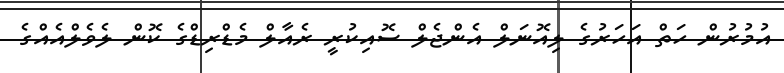
އުމުރުން ހަތް އަހަރުގެ ލިއޮނަލް އެންޖެލް ސޮއިކުރީ ރެއާލް މެޑްރިޑްގެ ކޮން ލެވެލްއެއްގެ